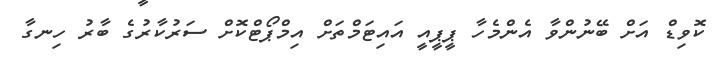
ކޮވިޑް އަށް ބޭނުންވާ އެންމެހާ ޕީޕީއީ އައިޓަމްތަށް އިމްޕޯޓްކޮށް ސަރުކާރުގެ ބާރު ހިނގާ